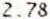
2.78